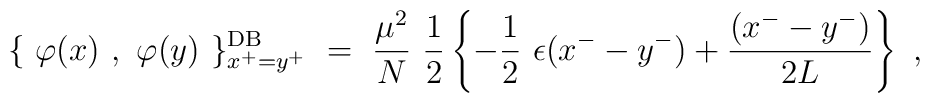
\{~\varphi(x)~,~\varphi(y)~\}_{x^+=y^+}^{\rm DB}      ~=~ \frac{\mu^2}{N}~ \frac{1}{2}     \left\{ - \frac{1}{2}~ \epsilon( x^- - y^- )      + \frac{( x^- - y^- ) }{2 L} \right\} ~,